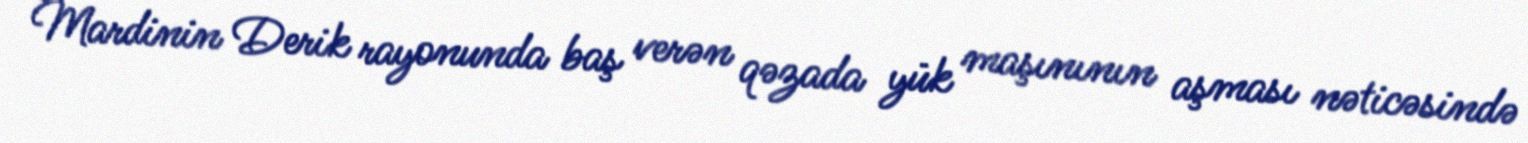
Mardinin Derik rayonunda baş verən qəzada yük maşınının aşması nəticəsində